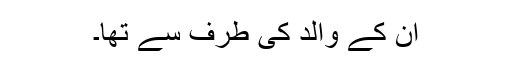
ان کے والد کی طرف سے تھا۔